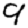
Digit: 9